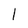
Character: 1